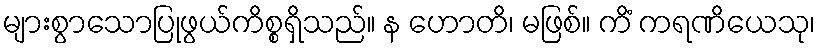
များစွာသောပြုဖွယ်ကိစ္စရှိသည်။ န ဟောတိ၊ မဖြစ်။ ကိံ ကရဏိယေသု၊